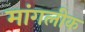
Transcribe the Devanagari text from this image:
मांगलीक